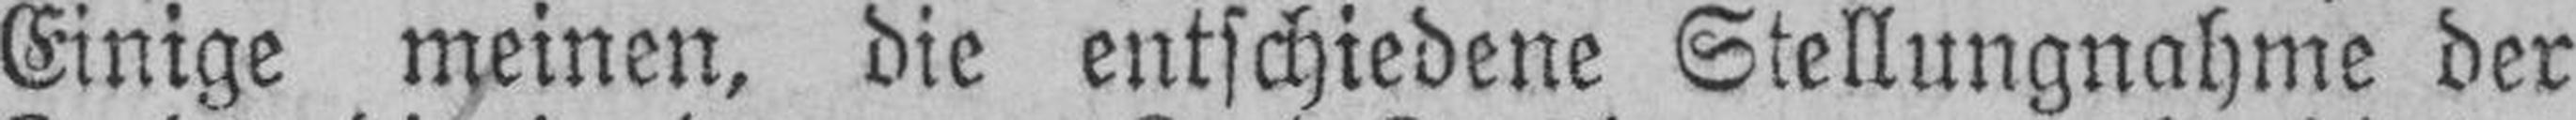
Einige meinen, die entschiedene Stellungnahme der